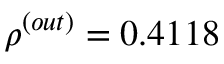
\rho ^ { ( o u t ) } = 0 . 4 1 1 8